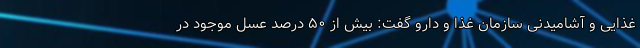
غذایی و آشامیدنی سازمان غذا و دارو گفت: بیش از ۵۰ درصد عسل موجود در